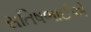
સતિષભાઈએ